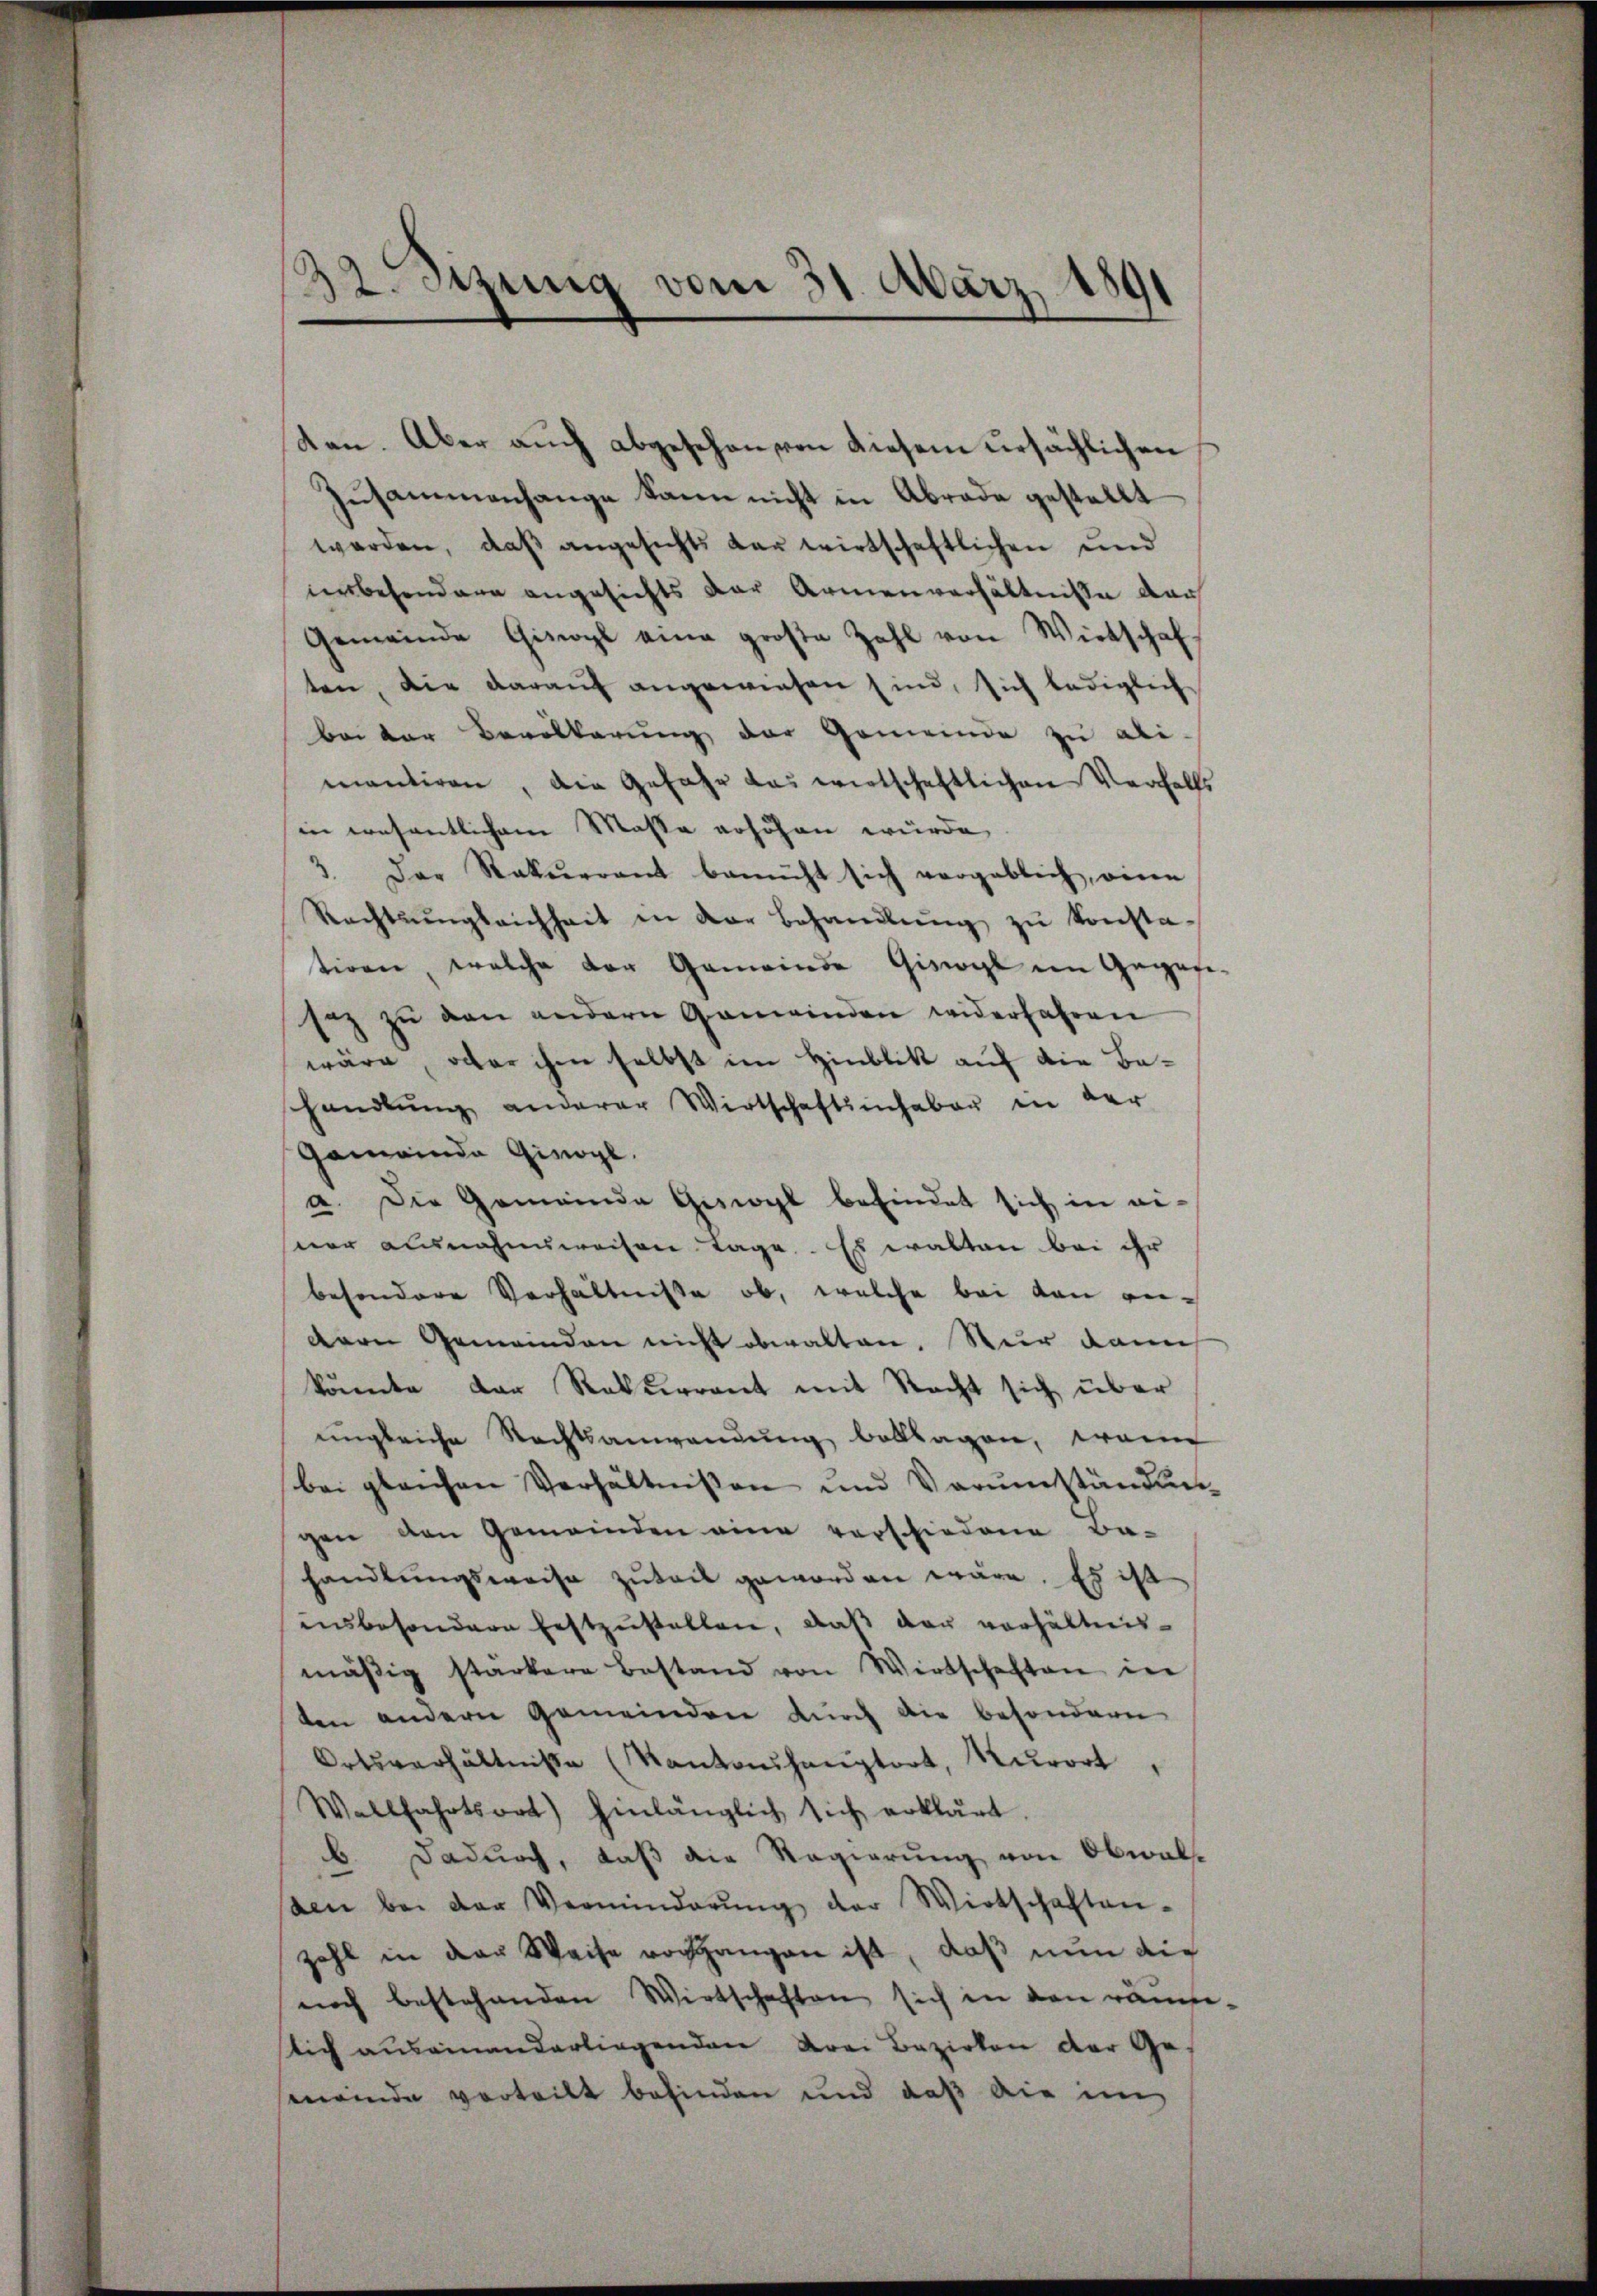
6
32. Sitzung vom 31. März 1891

ten. Aber auch abgesehen von diesem ursächlichen
Zusammenhange kann nicht in Abrade gestellt
werden, daß angesichts dar wirtschaftlichen und
insbesondern angesichts der Armenverhältnisse der
Gemeinde Giswyl eine große Zahl von Wirtschaf
ten, die darauf angewiesen sind, sich lediglich
bei der Bevölkerung der Gemeinde zu ali-
mantiren, die Gefahr das wirtschaftlichen Verfalls
in wesentlichem Masse erhöhen würde,
3. Der Rekurrent bemüht sich vergeblich, eine
Rechtsŭngleichheit in der Behandlŭng zŭ konstatiren, welche der Gemeinde Giswyl im Gegen-
sez zŭ von andern Gemeinden widerfahren
wäre, oder ihm selbst im Hinblik auf die Beshandlŭng anderer Wirtschaftsinhaber in der
Gemeinda Girogl.
a. Die Gemeinde Gesiegl befindet sich in einer ausnahmsweisen Tage. Es walten bei ihr
besondere Verhältnisse ob, welche bei von ge-
dern Gemeinden nicht obwalten. Nur dann
könnte der Rekurrent mit Recht sich über
ungleiche Rechtsanwendung beklagen, wenn
bei gleichen Verhältnissen und Verŭmständun
gen den Gemeinden eine vorschiedene Ba-
handlungsweise zuteil geworden wäre. Es ist
insbesondere festzŭstellen, daß der verhältnismäßig stärkere Bestand von Wirtschaften in
ten andern Gemeinden durch die besondern
Ortsverhältnisse (Kantaŭhaŭptort, Kurort,
Wellfahrtsort) hinlänglich sich erklärt.
b. Dadurch, daß die Regierung von Obwal-
den bei der Verminderŭng der Wirtschaften-
zahl in der Weise vorgangen ist, daß nun die
noch bestehenden Wirtschaften sich in den räumelich auseinanderliegenden drei Bezirken der Gemeinde vorteilt befinden und daß die im